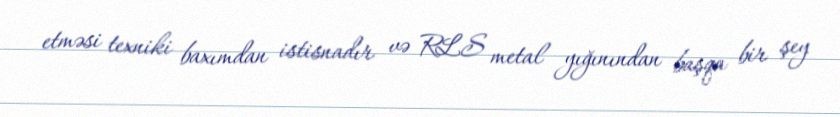
etməsi texniki baxımdan istisnadır və RLS metal yığınından başqa bir şey